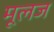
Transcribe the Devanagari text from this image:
मूलज